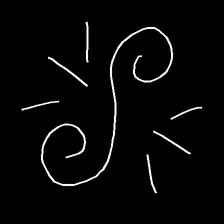
Glyph: wind-directs-air